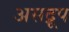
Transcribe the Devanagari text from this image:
असद्रूप